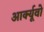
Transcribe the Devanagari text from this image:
आर्क्यूवो